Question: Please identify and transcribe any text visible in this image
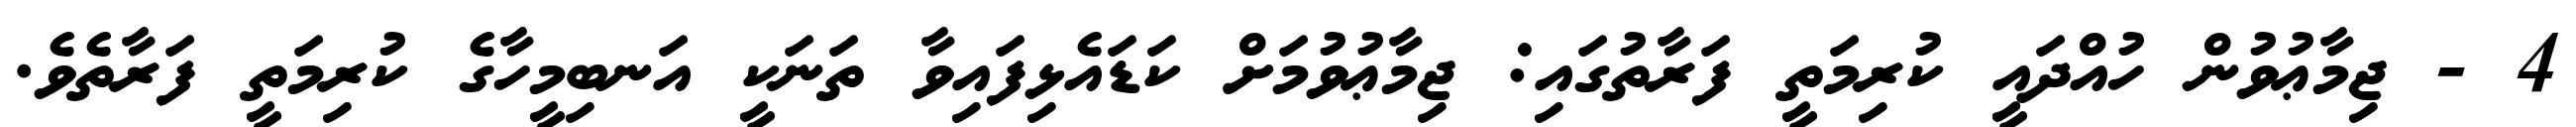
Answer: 4 - ޖިމާޢުވުން ހުއްދައީ ކުރިމަތީ ފަރާތުގައި: ޖިމާޢުވުމަށް ކަޑައެޅިފައިވާ ތަނަކީ އަނބިމީހާގެ ކުރިމަތީ ފަރާތެވެ.